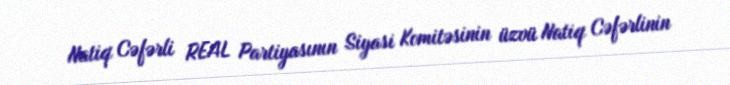
Natiq Cəfərli REAL Partiyasının Siyasi Komitəsinin üzvü Natiq Cəfərlinin